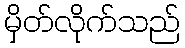
မှိတ်လိုက်သည်